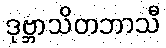
ဒုဗ္ဘာသိတဘာသီ